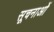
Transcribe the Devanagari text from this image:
सूचनाओें